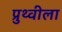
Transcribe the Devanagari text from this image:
प्रुथ्वीला